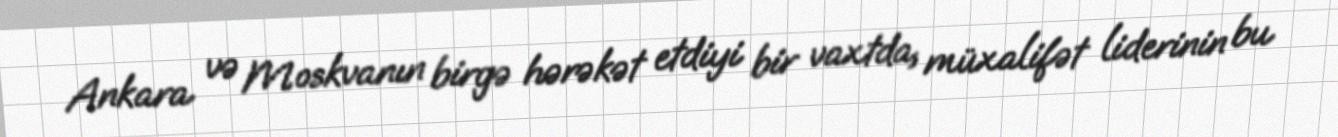
Ankara və Moskvanın birgə hərəkət etdiyi bir vaxtda, müxalifət liderinin bu